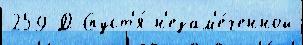
259 Д Спуст'я́ н'езам'е́ченной